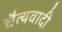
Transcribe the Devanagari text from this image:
चैत्यवादी